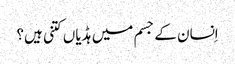
اِنسان کے جسم میں ہڈیاں کتنی ہیں؟